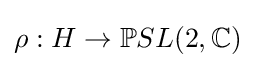
\rho :H\to \mathbb {P} SL(2,\mathbb {C} )